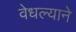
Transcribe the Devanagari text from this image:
वेधल्याने